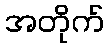
အတိုက်